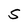
Character: S